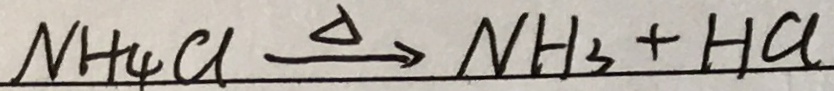
N H _ { 4 } C l \xrightarrow { \Delta } N H _ { 3 } + H C L